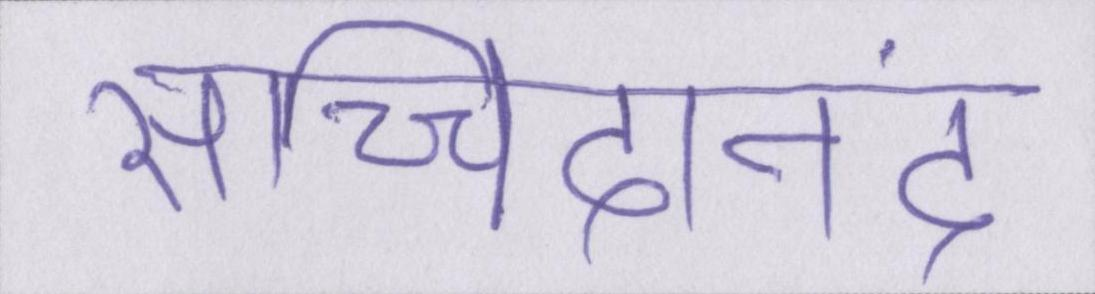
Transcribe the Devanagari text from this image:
सच्चिदानंद